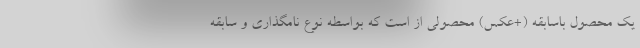
یک محصول باسابقه (+عکس) محصولی از است که بواسطه نوع نامگذاری و سابقه